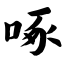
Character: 啄